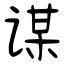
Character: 谋